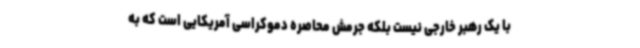
با یک رهبر خارجی نیست بلکه جرمش محاصره دموکراسی آمریکایی است که به